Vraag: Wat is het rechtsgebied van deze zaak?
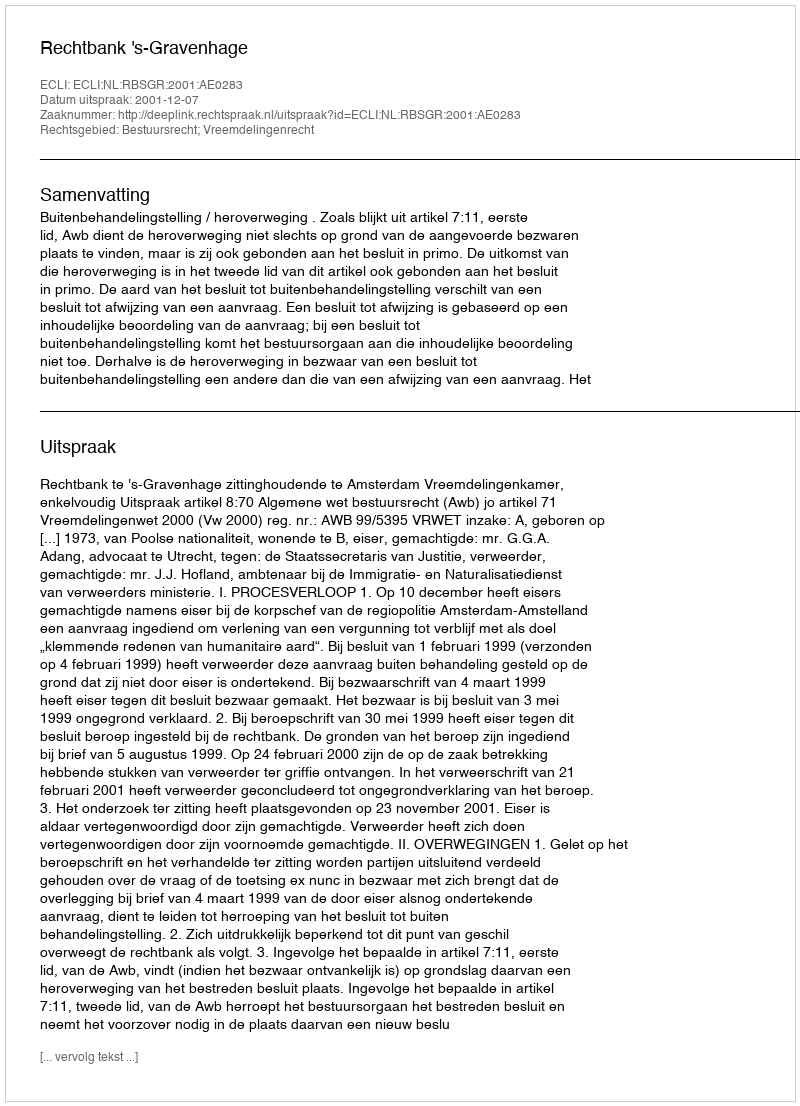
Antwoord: Bestuursrecht; Vreemdelingenrecht